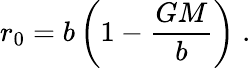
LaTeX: r_{0}=b\left(1-\frac{GM}{b}\right)\; .